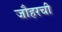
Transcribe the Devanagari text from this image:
जौहरची